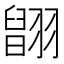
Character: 𦑹